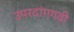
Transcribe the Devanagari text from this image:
उपरदांगगढी